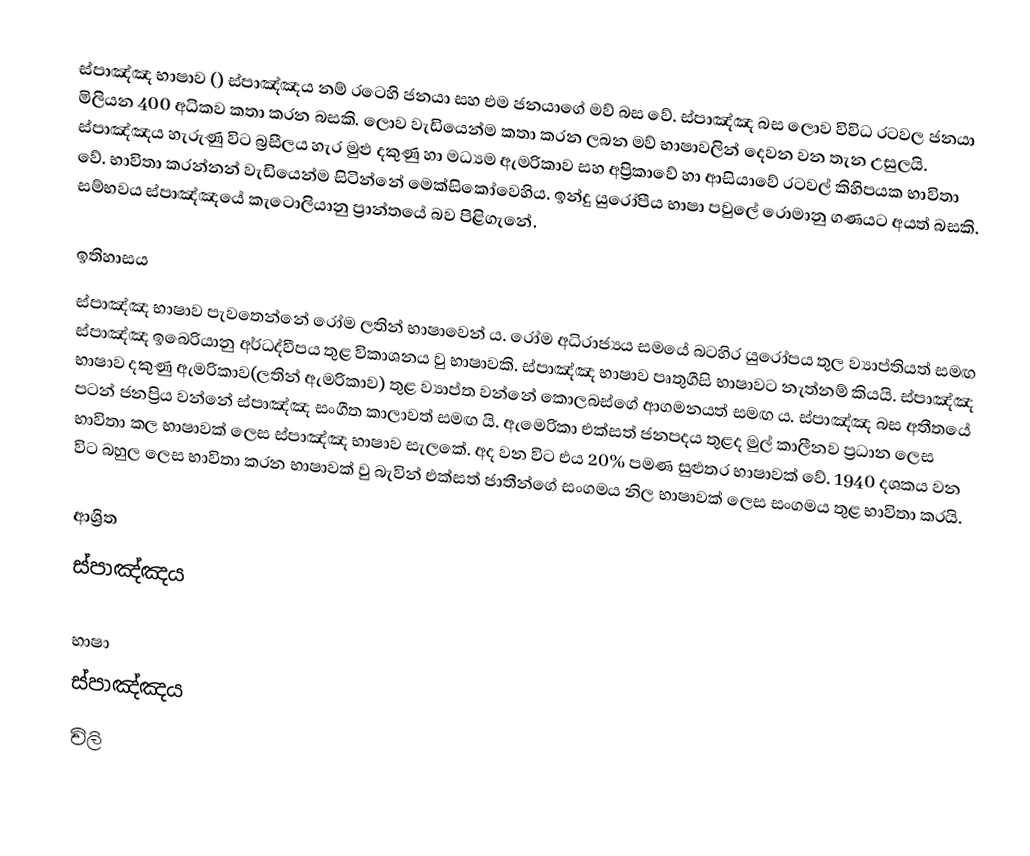
ස්පාඤ්ඤ භාෂාව () ස්පාඤ්ඤය නම් රටෙහි ජනයා සහ එම ජනයාගේ මව් බස වේ. ස්පාඤ්ඤ බස ලොව විවිධ රටවල ජනයා මිලියන 400 අධිකව කතා කරන බසකි. ලොව වැඩියෙන්ම කතා කරන ලබන මව් භාෂාවලින් දෙවන වන තැන උසුලයි. ස්පාඤ්ඤය හැරුණු විට බ්‍රසීලය හැර මුළු දකුණු හා මධ්‍යම ඇමරිකාව සහ අප්‍රිකාවේ හා ආසියාවේ රටවල් කිහිපයක භාවිතා වේ. භාවිතා කරන්නන් වැඩියෙන්ම සිටින්නේ මෙක්සිකෝවෙහිය.  ඉන්දු යුරෝපීය භාෂා පවුලේ රොමානු ගණයට අයත් බසකි. සම්භවය ස්පාඤ්ඤයේ කැටොලියානු ප්‍රාන්තයේ බව පිළිගැනේ.

ඉතිහාසය
ස්පාඤ්ඤ භාෂාව පැවතෙන්නේ රෝම ලතින් භාෂාවෙන් ය. රෝම අධිරාජ්‍යය සමයේ බටහිර යුරෝපය තුල ව්‍යාප්තියත් සමඟ ස්පාඤ්ඤ ඉබෙරියානු අර්ධද්වීපය තුළ විකාශනය වු භාෂාවකි. ස්පාඤ්ඤ භාෂාව පෘතුගීසි භාෂාවට නැත්නම් කියයි. ස්පාඤ්ඤ භාෂාව දකුණු ඇමරිකාව(ලතින් ඇමරිකාව) තුළ ව්‍යාප්ත වන්නේ කොලබස්ගේ ආගමනයත් සමඟ ය. ස්පාඤ්ඤ බස අතීතයේ පටන් ජනප්‍රිය වන්නේ ස්පාඤ්ඤ සංගීත කාලාවත් සමඟ යි. ඇමෙරිකා එක්සත් ජනපදය තුළද මුල් කාලීනව ප්‍රධාන ලෙස භාවිතා කල භාෂාවක් ලෙස ස්පාඤ්ඤ භාෂාව සැලකේ. අද වන විට එය 20% පමණ සුළුතර භාෂාවක් වේ. 1940 දශකය වන විට බහුල ලෙස භාවිතා කරන භාෂාවක් වු බැවින් එක්සත් ජාතීන්ගේ සංගමය නිල භාෂාවක් ලෙස සංගමය තුළ භාවිතා කරයි.

ආශ්‍රිත
 ස්පාඤ්ඤය

භාෂා
ස්පාඤ්ඤය
චිලි